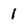
Character: 1